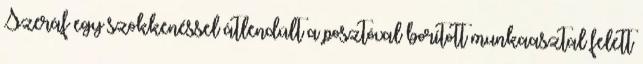
Szeráf egy szökkenéssel átlendült a posztóval borított munkaasztal felett